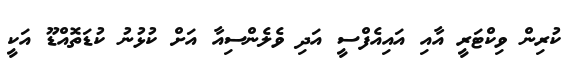
ކުރިން ވިކްޓަރީ އާއި އައިއެފްސީ އަދި ވެލެންސިއާ އަށް ކުޅުނު ކުޑަތޮއްޑޫ އަކީ